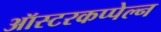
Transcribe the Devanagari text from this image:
ऑस्टरकप्पेल्न